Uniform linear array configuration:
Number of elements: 4
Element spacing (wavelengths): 1
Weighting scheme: blackman
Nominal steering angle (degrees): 15
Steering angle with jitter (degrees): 13.409
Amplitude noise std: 0.05
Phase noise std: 0.05

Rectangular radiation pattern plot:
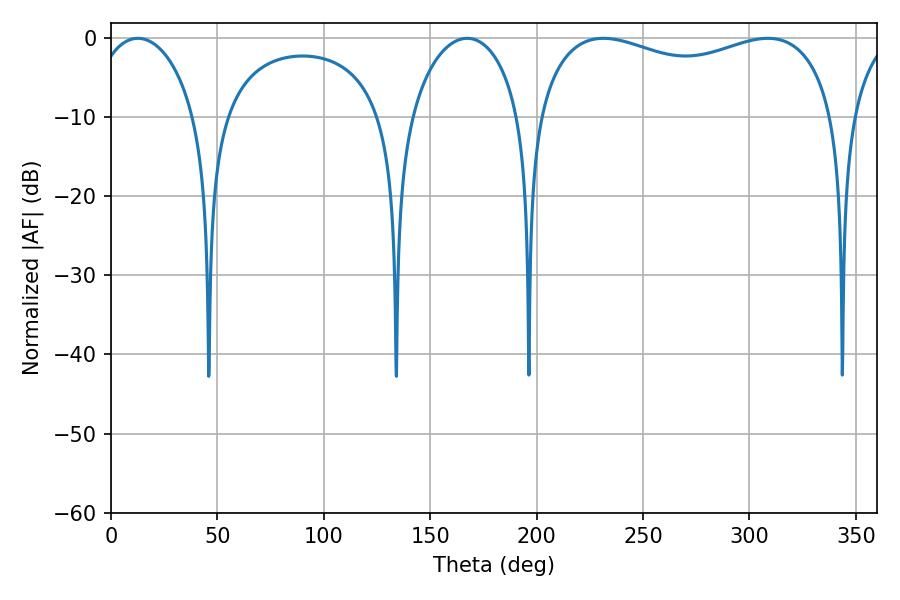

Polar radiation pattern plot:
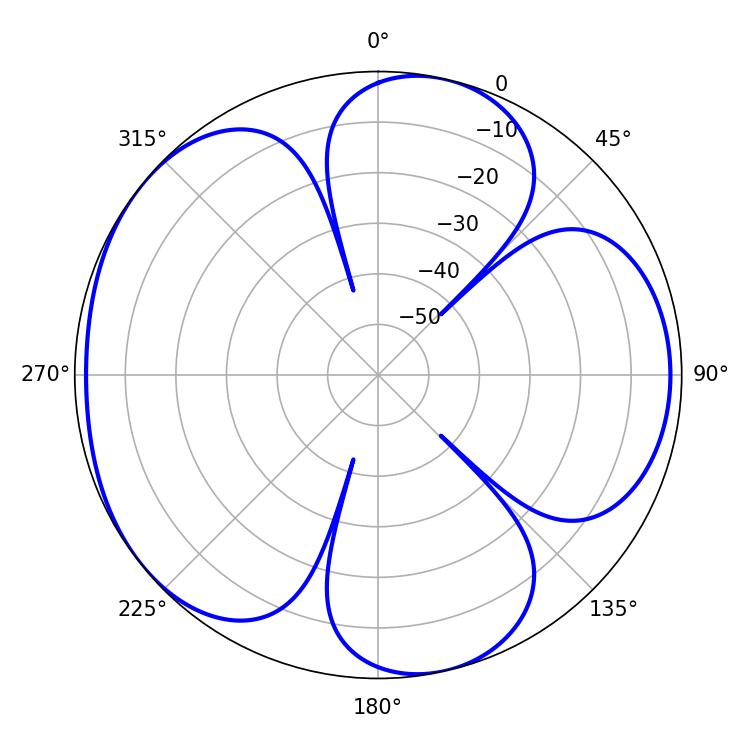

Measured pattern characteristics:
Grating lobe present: TRUE
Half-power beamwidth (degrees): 27.9
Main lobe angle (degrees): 12.6